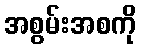
အစွမ်းအစကို